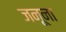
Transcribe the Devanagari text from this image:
जनूना